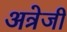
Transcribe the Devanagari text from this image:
अत्रेजी